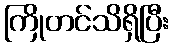
ကြိုတင်သိရှိပြီး